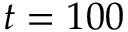
t = 1 0 0